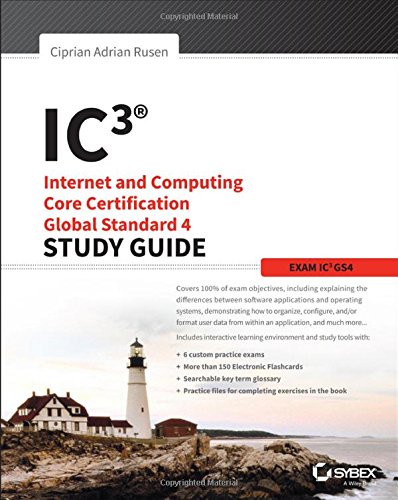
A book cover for IC3: Internet and Computing Core Certification Global Standard 4 Study Guide; Ciprian Adrian Rusen; Children's Books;